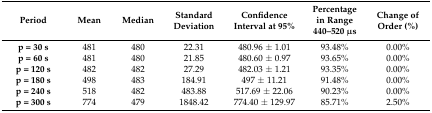
| Period | Mean | Median | Standard Deviation | Confidence Interval at 95% | Percentage in Range 440–520 μs | Change of Order (%) |
 | --- | --- | --- | --- | --- | --- | --- |
 | p = 30 s | 481 | 480 | 22.31 | 480.96 ± 1.01 | 93.48% | 0.00% |
 | p = 60 s | 481 | 480 | 21.85 | 480.60 ± 0.97 | 93.65% | 0.00% |
 | p = 120 s | 482 | 482 | 27.29 | 482.03 ± 1.21 | 93.35% | 0.00% |
 | p = 180 s | 498 | 483 | 184.91 | 497 ± 11.21 | 91.48% | 0.00% |
 | p = 240 s | 518 | 482 | 483.88 | 517.69 ± 22.06 | 90.23% | 0.00% |
 | p = 300 s | 774 | 479 | 1848.42 | 774.40 ± 129.97 | 85.71% | 2.50% |